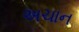
અચાન